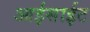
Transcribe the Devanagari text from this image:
आईसाईट